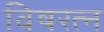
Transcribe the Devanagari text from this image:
विषरत्न